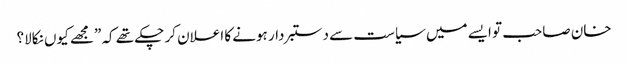
خان صاحب تو ایسے میں سیاست سے دستبردار ہونے کا اعلان کر چکے تھے کہ ”مجھے کیوں نکالا؟